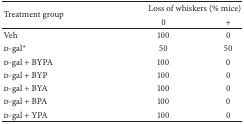
<table><thead><tr><td rowspan="2"><b>Treatment group</b></td><td colspan="2"><b>Loss of whiskers (% mice)</b></td></tr><tr><td><b>0</b></td><td><b>+</b></td></tr></thead><tbody><tr><td>Veh</td><td>100</td><td>0</td></tr><tr><td>d-gal<sup><i>∗</i></sup></td><td>50</td><td>50</td></tr><tr><td>d-gal + BYPA</td><td>100</td><td>0</td></tr><tr><td>d-gal + BYP</td><td>100</td><td>0</td></tr><tr><td>d-gal + BYA</td><td>100</td><td>0</td></tr><tr><td>d-gal + BPA</td><td>100</td><td>0</td></tr><tr><td>d-gal + YPA</td><td>100</td><td>0</td></tr></tbody></table>